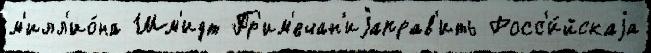
м'илл'ио́на Шм'идт Пр'им'ечан'иjаправ'ить Росс'и́йскаjа